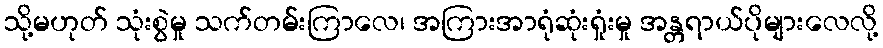
သို့မဟုတ် သုံးစွဲမှု သက်တမ်းကြာလေ၊ အကြားအာရုံဆုံးရှုံးမှု အန္တရာယ်ပိုများလေလို့